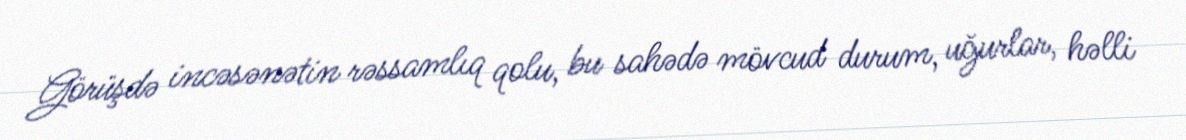
Görüşdə incəsənətin rəssamlıq qolu, bu sahədə mövcud durum, uğurlar, həlli